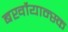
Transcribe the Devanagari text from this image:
बर्खोयान्स्क